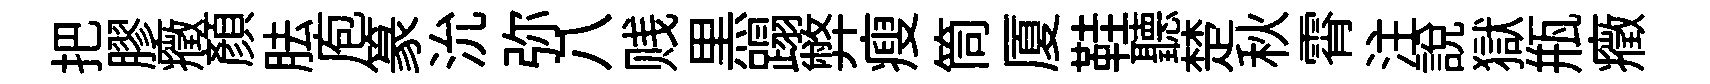
把膠癥顔胠庖篆沇弥八贱黒蹋弊瘦筒厦鞋聽楚秋霄注說獄瓶癥